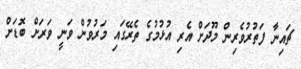
ޗައިނާ ފަތުރުވެރިން މޫދަށް އެރި އުޅުމުގެ ތެރޭގައި މަރުވުން ވަނީ ވަރަށް ބޮޑަށް